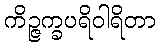
ကိဉ္ဇက္ခပရိဝါရိတာ